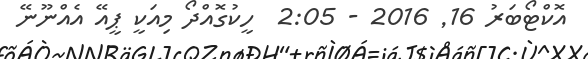
އޮކްޓޯބަރު 16